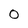
Character: 0